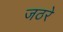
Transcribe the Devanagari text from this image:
जठरे